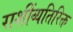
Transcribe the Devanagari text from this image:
राशींव्यतिरिक्त